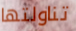
تناولتها